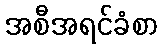
အစီအရင်ခံစာ